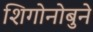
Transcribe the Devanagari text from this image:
शिगोनोबुने